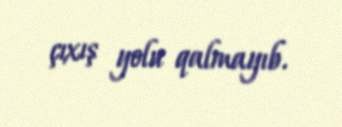
çıxış yolu qalmayıb.